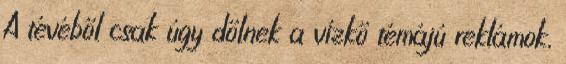
A tévéből csak úgy dőlnek a vízkő témájú reklámok,